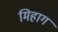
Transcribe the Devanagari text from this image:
मिहाग